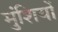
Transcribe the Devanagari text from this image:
मुंशियों